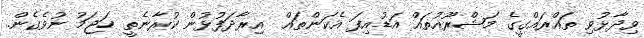
ވިދާޅުވި ތައްރައްގީގެ މަޝްރޫއުތައް އަޑުއިފަ އެކަންތައް  އިރާދަފުޅުން ކުރާނެތީ ހަޖަމު ނުވެގެން.